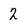
Character: 2